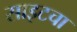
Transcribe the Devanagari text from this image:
साइटचा